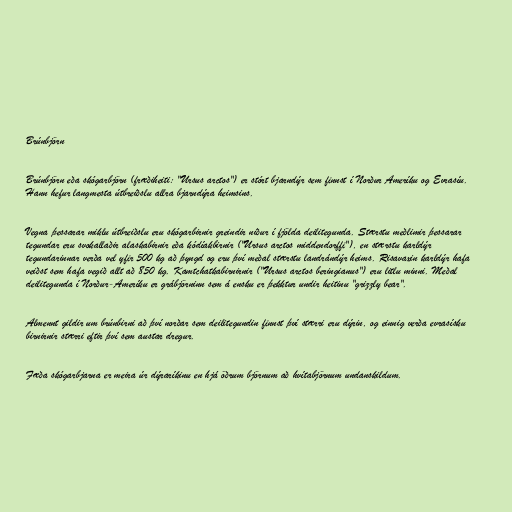
Brúnbjörn

Brúnbjörn eða skógarbjörn (fræðiheiti: "Ursus arctos") er stórt bjarndýr sem finnst í Norður Ameríku og Evrasíu.
Hann hefur langmesta útbreiðslu allra bjarndýra heimsins.

Vegna þessarar miklu útbreiðslu eru skógarbirnir greindir niður í fjölda deilitegunda. Stærstu meðlimir þessarar
tegundar eru svokallaðir alaskabirnir eða kódíakbirnir ("Ursus arctos middendorffi"), en stærstu karldýr
tegundarinnar verða vel yfir 500 kg að þyngd og eru því meðal stærstu landrándýr heims. Risavaxin karldýr hafa
veiðst sem hafa vegið allt að 850 kg. Kamtchatkabirnirnir ("Ursus arctos beringianus") eru litlu minni. Meðal
deilitegunda í Norður-Ameríku er grábjörninn sem á ensku er þekktur undir heitinu "grizzly bear".

Almennt gildir um brúnbirni að því norðar sem deilitegundin finnst því stærri eru dýrin, og einnig verða evrasísku
birnirnir stærri eftir því sem austar dregur.

Fæða skógarbjarna er meira úr dýraríkinu en hjá öðrum björnum að hvítabjörnum undanskildum.